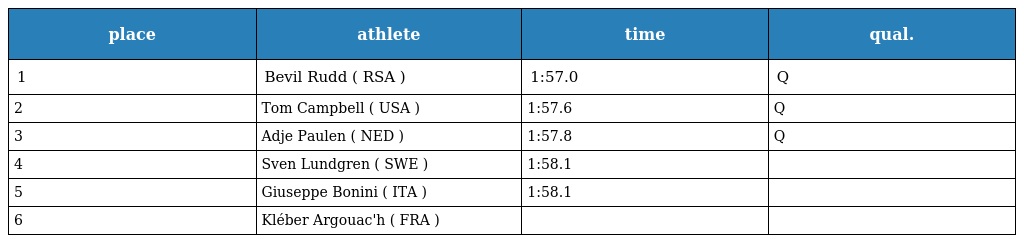
| place | athlete | time | qual. |
 | --- | --- | --- | --- |
 | 1 | Bevil Rudd ( RSA ) | 1:57.0 | Q |
 | 2 | Tom Campbell ( USA ) | 1:57.6 | Q |
 | 3 | Adje Paulen ( NED ) | 1:57.8 | Q |
 | 4 | Sven Lundgren ( SWE ) | 1:58.1 |  |
 | 5 | Giuseppe Bonini ( ITA ) | 1:58.1 |  |
 | 6 | Kléber Argouac'h ( FRA ) |  |  |